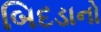
બિદડાનો